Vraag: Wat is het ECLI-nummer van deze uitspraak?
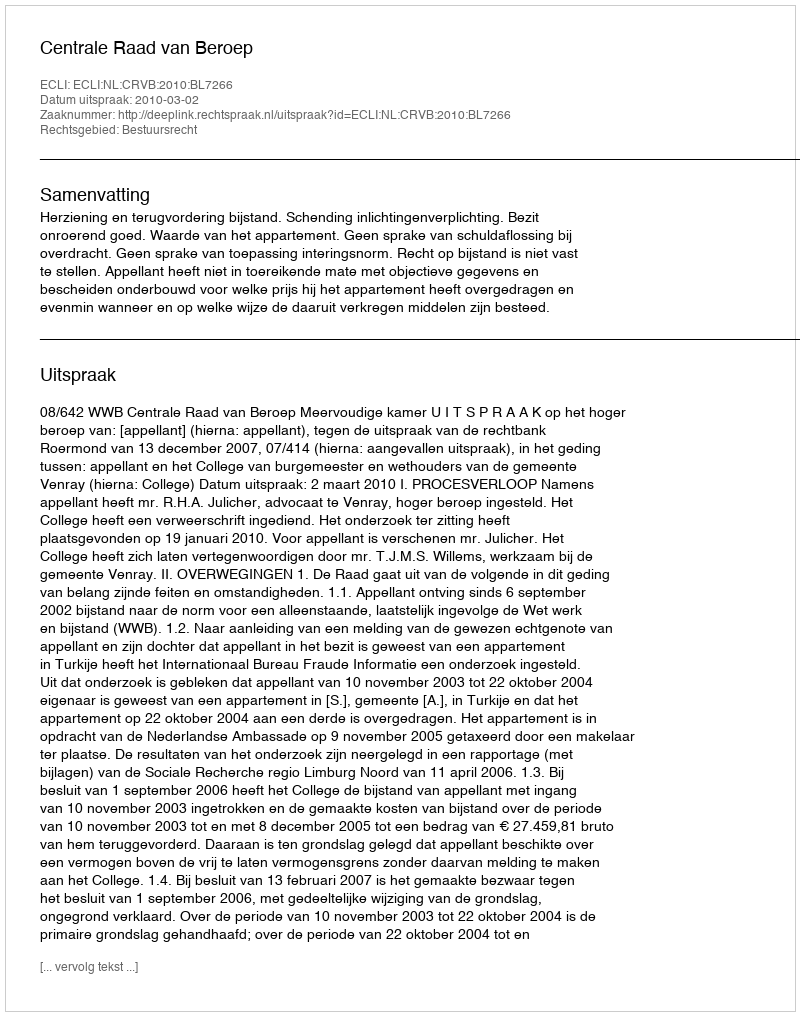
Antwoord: ECLI:NL:CRVB:2010:BL7266